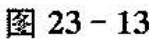
图23-13